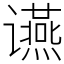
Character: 䜩